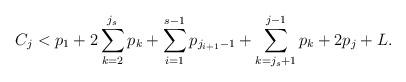
LaTeX: \begin{align*}C_j < p_1+2\sum_{k=2}^{j_s} p_k + \sum_{i=1}^{s-1} p_{j_{i+1}-1}+ \sum_{k=j_s+1}^{j-1}p_k+ 2p_j+L.\end{align*}